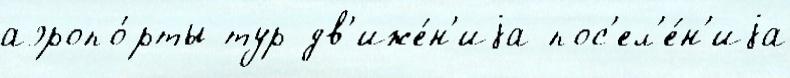
аэропо́рты тур дв'иже́н'иjа пос'ел'е́н'иjа